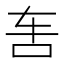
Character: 𰹲